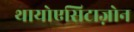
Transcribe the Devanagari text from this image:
थायोएसिटाज़ोन